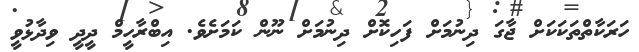
ހަރަކާތްތަކަކަށް ޖާގަ ދިނުމަށް ފަހިކޮށް ދިނުމަށް ނޫން ކަމަށެވެ. އިބްރާހީމް ދީދީ ވިދާޅުވީ